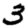
Digit: 3